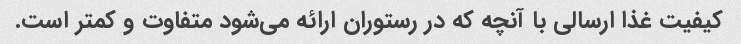
کیفیت غذا ارسالی با آنچه که در رستوران ارائه می‌شود متفاوت و کمتر است.